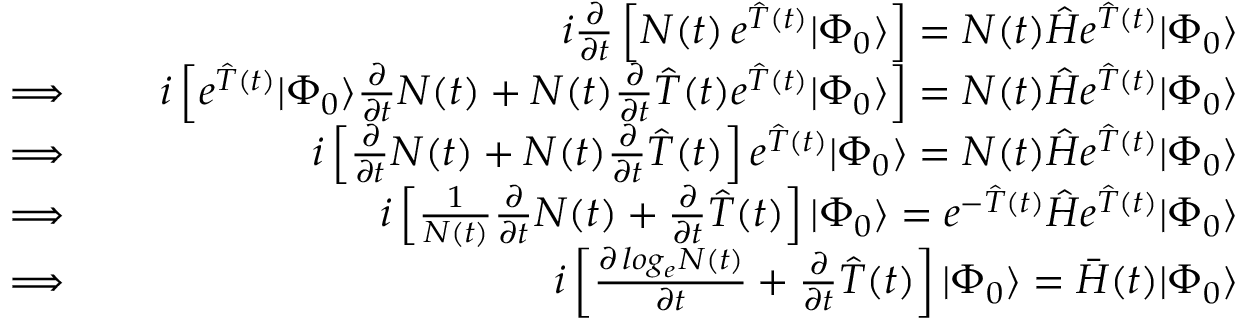
\begin{array} { r l r } & { } & { i \frac { \partial } { \partial t } \left[ N ( t ) \, e ^ { \hat { T } ( t ) } | \Phi _ { 0 } \rangle \right] = N ( t ) \hat { H } e ^ { \hat { T } ( t ) } | \Phi _ { 0 } \rangle } \\ { \implies } & { } & { i \left[ e ^ { \hat { T } ( t ) } | \Phi _ { 0 } \rangle \frac { \partial } { \partial t } N ( t ) + N ( t ) \frac { \partial } { \partial t } \hat { T } ( t ) e ^ { \hat { T } ( t ) } | \Phi _ { 0 } \rangle \right] = N ( t ) \hat { H } e ^ { \hat { T } ( t ) } | \Phi _ { 0 } \rangle } \\ { \implies } & { } & { i \left[ \frac { \partial } { \partial t } N ( t ) + N ( t ) \frac { \partial } { \partial t } \hat { T } ( t ) \right] e ^ { \hat { T } ( t ) } | \Phi _ { 0 } \rangle = N ( t ) \hat { H } e ^ { \hat { T } ( t ) } | \Phi _ { 0 } \rangle } \\ { \implies } & { } & { i \left[ \frac { 1 } { N ( t ) } \frac { \partial } { \partial t } N ( t ) + \frac { \partial } { \partial t } \hat { T } ( t ) \right] | \Phi _ { 0 } \rangle = e ^ { - \hat { T } ( t ) } \hat { H } e ^ { \hat { T } ( t ) } | \Phi _ { 0 } \rangle } \\ { \implies } & { } & { i \left[ \frac { \partial \, l o g _ { e } N ( t ) } { \partial t } + \frac { \partial } { \partial t } \hat { T } ( t ) \right] | \Phi _ { 0 } \rangle = \bar { H } ( t ) | \Phi _ { 0 } \rangle } \end{array}